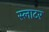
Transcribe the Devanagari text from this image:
स्‍लाटर